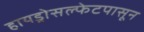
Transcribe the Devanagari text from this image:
हायड्रोसल्फेटपासून